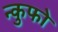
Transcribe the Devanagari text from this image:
न्कुफो